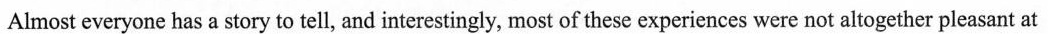
Almost everyone hasa story to tell, and interestingly, most of these experiences were not altogether pleasant at